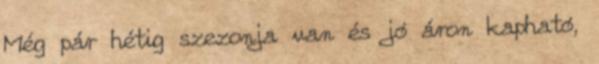
Még pár hétig szezonja van és jó áron kapható,